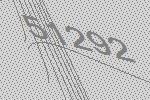
51292